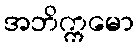
အဘိက္ကမော